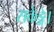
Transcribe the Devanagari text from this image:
सकेङ्गे।